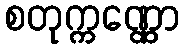
စတုက္ကဏ္ဏော